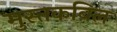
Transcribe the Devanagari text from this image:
मुस्तकबिल